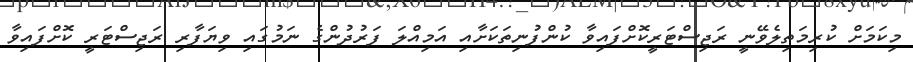
މިކަމަށް ކުރިމަތިލެވޭނީ ރަޖިސްޓަރީކޮށްފައިވާ ކުންފުނިތަކަށާއި އަމިއްލަ ފަރުދުންގެ ނަމުގައި ވިޔަފާރި ރަޖިސްޓަރީ ކޮށްފައިވާ